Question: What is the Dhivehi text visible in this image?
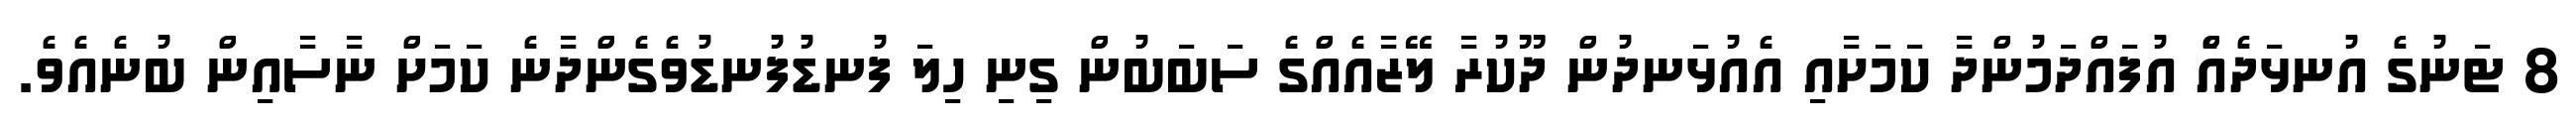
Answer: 8 ޓަނުގެ އުނޅަދެއެް އުފައްދަމުންދާ ކަމަށާއި އެއުޅަނދުން ދޫކުރާ ލޭޒާއެއްގެ ސަބަބުން ގިނި ހިލަ ފުނޑުފުނޑުވެގެންދާނެ ކަމަށް ނާސާއިން ބުނެއެވެ.